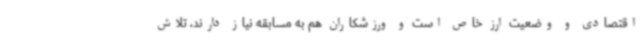
اقتصادی و وضعیت ارز خاص است و ورزشکاران هم به مسابقه نیاز دارند، تلاش